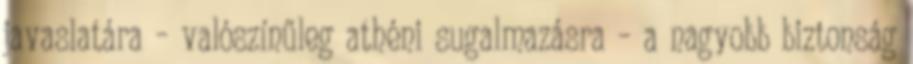
javaslatára – valószínűleg athéni sugalmazásra – a nagyobb biztonság